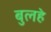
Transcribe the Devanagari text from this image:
बुलहे